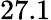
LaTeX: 27.1